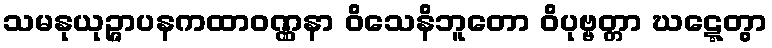
သမနုယုဉ္ဇာပနကထာဝဏ္ဏနာ ဝိသေနိဘူတော ဝိပုဗ္ဗတ္တာ ဃဋ္ဋေတွာ